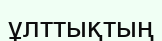
ұлттықтың